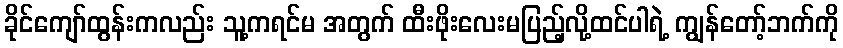
ခိုင်ကျော်ထွန်းကလည်း သူ့ကရင်မ အတွက် ထီးဖိုးလေးမပြည့်လို့ထင်ပါရဲ့ ကျွန်တော့်ဘက်ကို